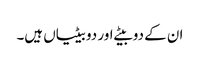
ان کے دو بیٹے اور دو بیٹیاں ہیں۔